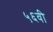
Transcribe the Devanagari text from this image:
५६वी